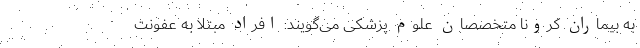
به بیماران کرونا متخصصان علوم پزشکی می‌گویند: افراد مبتلا به عفونت